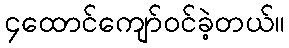
၄ထောင်ကျော်ဝင်ခဲ့တယ်။